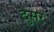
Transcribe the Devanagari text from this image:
दुसर